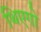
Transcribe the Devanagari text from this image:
थिएगो